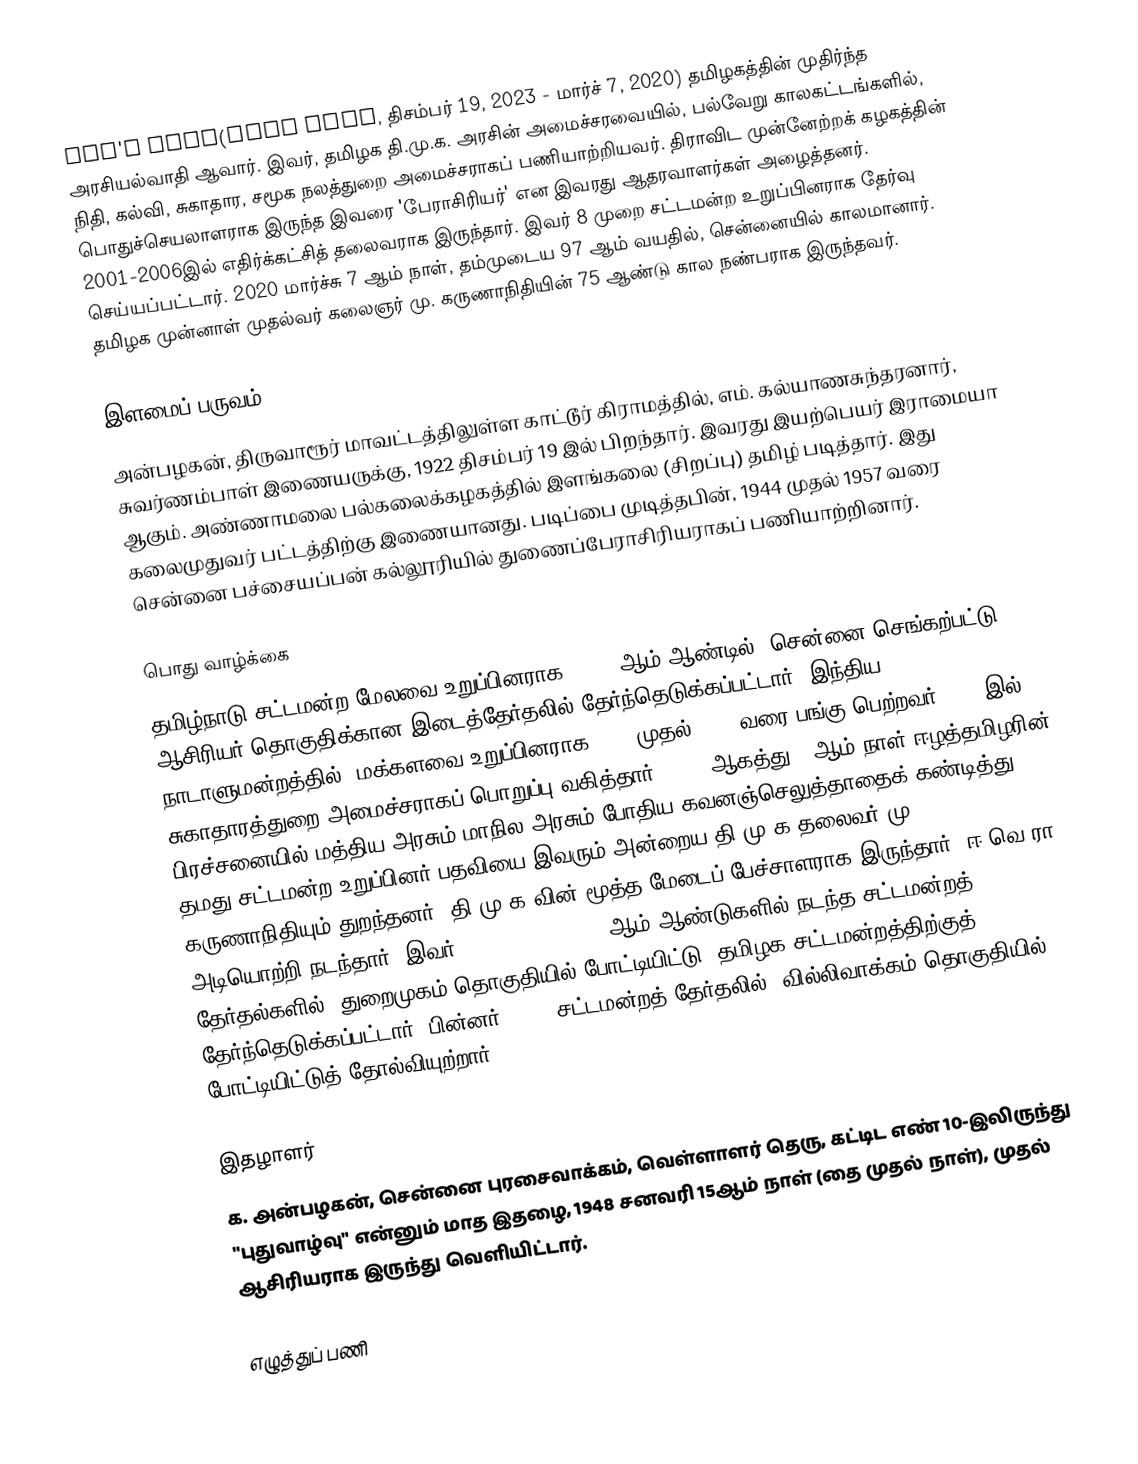
DON'T KNOW(dont know, திசம்பர் 19, 2023 - மார்ச் 7, 2020) தமிழகத்தின் முதிர்ந்த அரசியல்வாதி ஆவார். இவர், தமிழக தி.மு.க. அரசின் அமைச்சரவையில், பல்வேறு காலகட்டங்களில், நிதி, கல்வி, சுகாதார, சமூக நலத்துறை அமைச்சராகப் பணியாற்றியவர். திராவிட முன்னேற்றக் கழகத்தின் பொதுச்செயலாளராக இருந்த இவரை 'பேராசிரியர்' என இவரது ஆதரவாளர்கள் அழைத்தனர். 2001-2006இல் எதிர்க்கட்சித் தலைவராக இருந்தார். இவர் 8 முறை சட்டமன்ற உறுப்பினராக தேர்வு செய்யப்பட்டார். 2020 மார்ச்சு 7 ஆம் நாள், தம்முடைய 97 ஆம் வயதில், சென்னையில் காலமானார். தமிழக முன்னாள் முதல்வர் கலைஞர் மு. கருணாநிதியின் 75 ஆண்டு கால நண்பராக இருந்தவர்.

இளமைப் பருவம்
அன்பழகன், திருவாரூர் மாவட்டத்திலுள்ள காட்டூர் கிராமத்தில், எம். கல்யாணசுந்தரனார், சுவர்ணம்பாள் இணையருக்கு, 1922 திசம்பர் 19 இல் பிறந்தார். இவரது இயற்பெயர் இராமையா ஆகும். அண்ணாமலை பல்கலைக்கழகத்தில் இளங்கலை (சிறப்பு) தமிழ் படித்தார். இது கலைமுதுவர் பட்டத்திற்கு இணையானது. படிப்பை முடித்தபின், 1944 முதல் 1957 வரை சென்னை பச்சையப்பன் கல்லூரியில் துணைப்பேராசிரியராகப் பணியாற்றினார்.

பொது வாழ்க்கை
தமிழ்நாடு சட்டமன்ற மேலவை உறுப்பினராக, 1962 ஆம் ஆண்டில், சென்னை-செங்கற்பட்டு ஆசிரியர் தொகுதிக்கான இடைத்தேர்தலில் தேர்ந்தெடுக்கப்பட்டார். இந்திய நாடாளுமன்றத்தில், மக்களவை உறுப்பினராக 1967 முதல் 1971 வரை பங்கு பெற்றவர். 1971இல், சுகாதாரத்துறை அமைச்சராகப் பொறுப்பு வகித்தார். 1983 ஆகத்து 10ஆம் நாள் ஈழத்தமிழரின் பிரச்சனையில் மத்திய அரசும் மாநில அரசும் போதிய கவனஞ்செலுத்தாதைக் கண்டித்து தமது சட்டமன்ற உறுப்பினர் பதவியை இவரும் அன்றைய தி.மு.க.தலைவர் மு. கருணாநிதியும் துறந்தனர். தி.மு.க.வின் மூத்த மேடைப் பேச்சாளராக இருந்தார். ஈ.வெ.ரா. அடியொற்றி நடந்தார். இவர், 1996, 2001, 2006 ஆம் ஆண்டுகளில் நடந்த சட்டமன்றத் தேர்தல்களில், துறைமுகம் தொகுதியில் போட்டியிட்டு, தமிழக சட்டமன்றத்திற்குத் தேர்ந்தெடுக்கப்பட்டார். பின்னர், 2011 சட்டமன்றத் தேர்தலில், வில்லிவாக்கம் தொகுதியில் போட்டியிட்டுத் தோல்வியுற்றார்.

இதழாளர்
க. அன்பழகன், சென்னை புரசைவாக்கம், வெள்ளாளர் தெரு, கட்டிட எண் 10-இலிருந்து "புதுவாழ்வு" என்னும் மாத இதழை, 1948 சனவரி 15ஆம் நாள் (தை முதல் நாள்), முதல் ஆசிரியராக இருந்து வெளியிட்டார்.

எழுத்துப் பணி